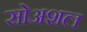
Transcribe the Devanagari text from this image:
सोअशल